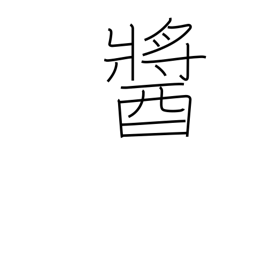
Meaning: any jam-like or paste-like food